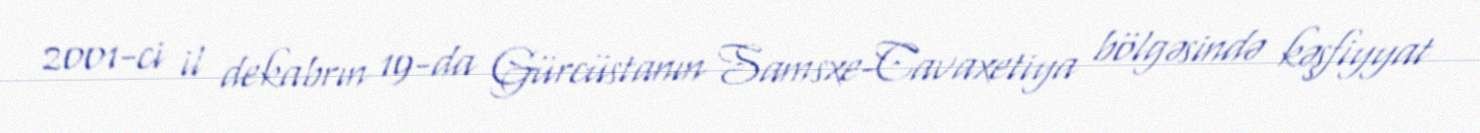
2001-ci il dekabrın 19-da Gürcüstanın Samsxe-Cavaxetiya bölgəsində kəşfiyyat